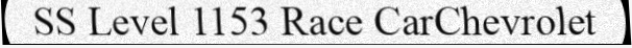
SS Level 1153 Race CarChevrolet